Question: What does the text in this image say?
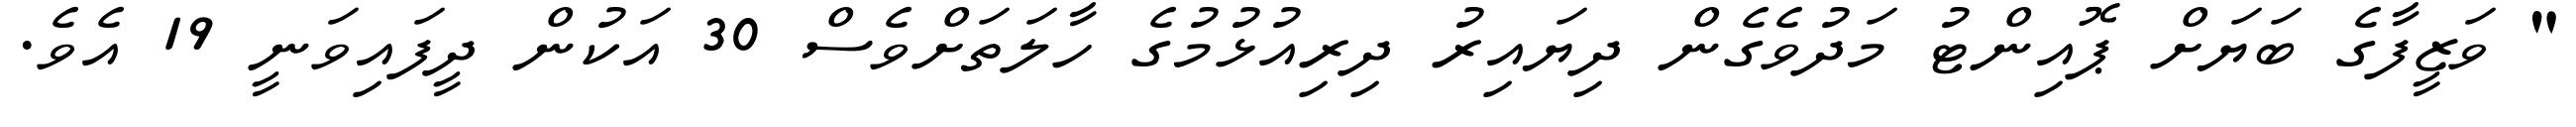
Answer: " ވަޒީފާގެ ބަޔަށް ޕޮއިންޓު މަދުވެގެން ދިޔައިރު ދިރިއުޅުމުގެ ހާލަތަށްވެސް 30 އަކުން ދީފައިވަނީ 19 އެވެ.